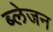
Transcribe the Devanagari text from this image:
ब्लेजन